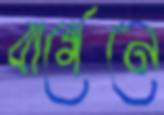
বার্গেনে